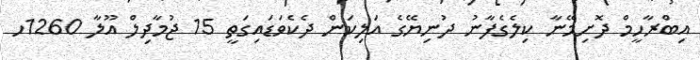
އިބްރާހީމް ދޮށިމޭނާ ކިލެގެފާނު ދުނިޔޭގެ އަލިކަން ދެކެވަޑައިގަތީ 15 ޖުމާދިލް އޫލާ 1260ހ